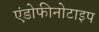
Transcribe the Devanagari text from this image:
एंडोफीनोटाइप